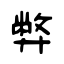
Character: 弊